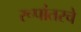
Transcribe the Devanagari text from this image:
रूपांतरचे